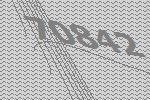
70842